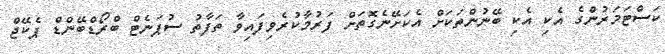
ކަސްޓަމަރުންގެ އެކި އެކި ބޭނުންތަކަށް އެކަށޭނެގޮތަށް ފަރުމާކުރެވިފައިވާ ތަފާތު ސުޕަނެޓް ބްރޯޑްބޭންޑް ޕެކޭޖް